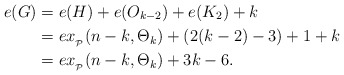
\begin{align*}e(G)&=e(H)+e(O_{k-2})+e(K_2)+k\\&=ex_{_{\mathcal{P}}}(n-k,\Theta_k)+(2(k-2)-3)+1+k\\&=ex_{_{\mathcal{P}}}(n-k,\Theta_k)+3k-6.\end{align*}